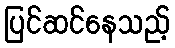
ပြင်ဆင်နေသည့်